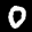
Label: 0